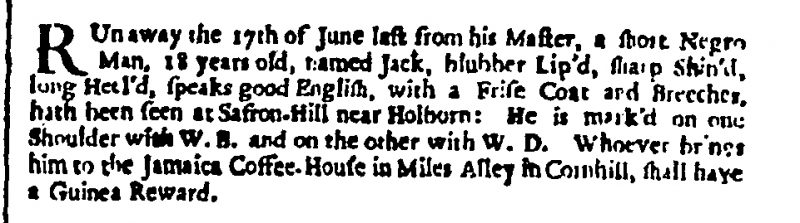
London Gazette, 10 July 1704 (England)
RUn away the 17th of June last from his Master, a short Negro Man, 18 years old, named Jack, blubber Lip’d, sharp Shin’d, long Heel’d, speaks good English, with a Frise Coat and Breeches, hath been seen at Safron-Hill near Holborn: He is mark’d on one Shoulder with W. B. and on the other with W. D. Whoever brings him to the Jamaica Coffee-House in Miles Alley in Cornhill, shall have a Guinea Reward.